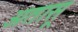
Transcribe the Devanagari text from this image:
अतासू